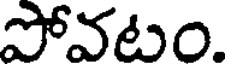
పోవటం.